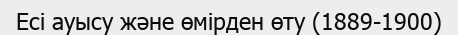
Есі ауысу және өмірден өту (1889-1900)